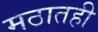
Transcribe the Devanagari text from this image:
मठातही